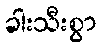
ခါးသီးစွာ